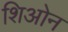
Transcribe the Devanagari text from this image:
शिओन